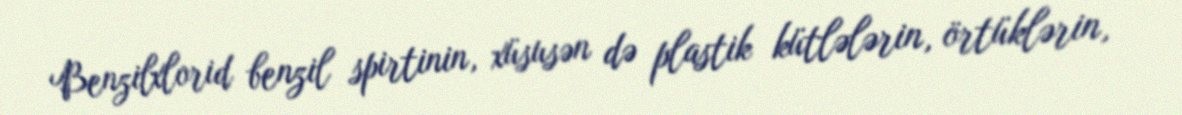
Benzilxlorid benzil spirtinin, xüsusən də plastik kütlələrin, örtüklərin,